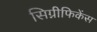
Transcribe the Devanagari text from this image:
सिग्नीफिकेंस